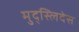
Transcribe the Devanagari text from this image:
मुद्स्लिदेस